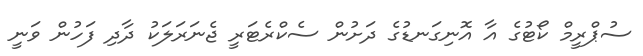
ސުޕްރީމް ކޯޓުގެ އާ އޮނިގަނޑުގެ ދަށުން ސެކްރެޓަރީ ޖެނަރަލަކު ދާދި ފަހުން ވަނީ